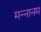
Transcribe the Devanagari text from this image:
मन्नानम